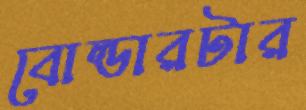
বোল্ডারটার